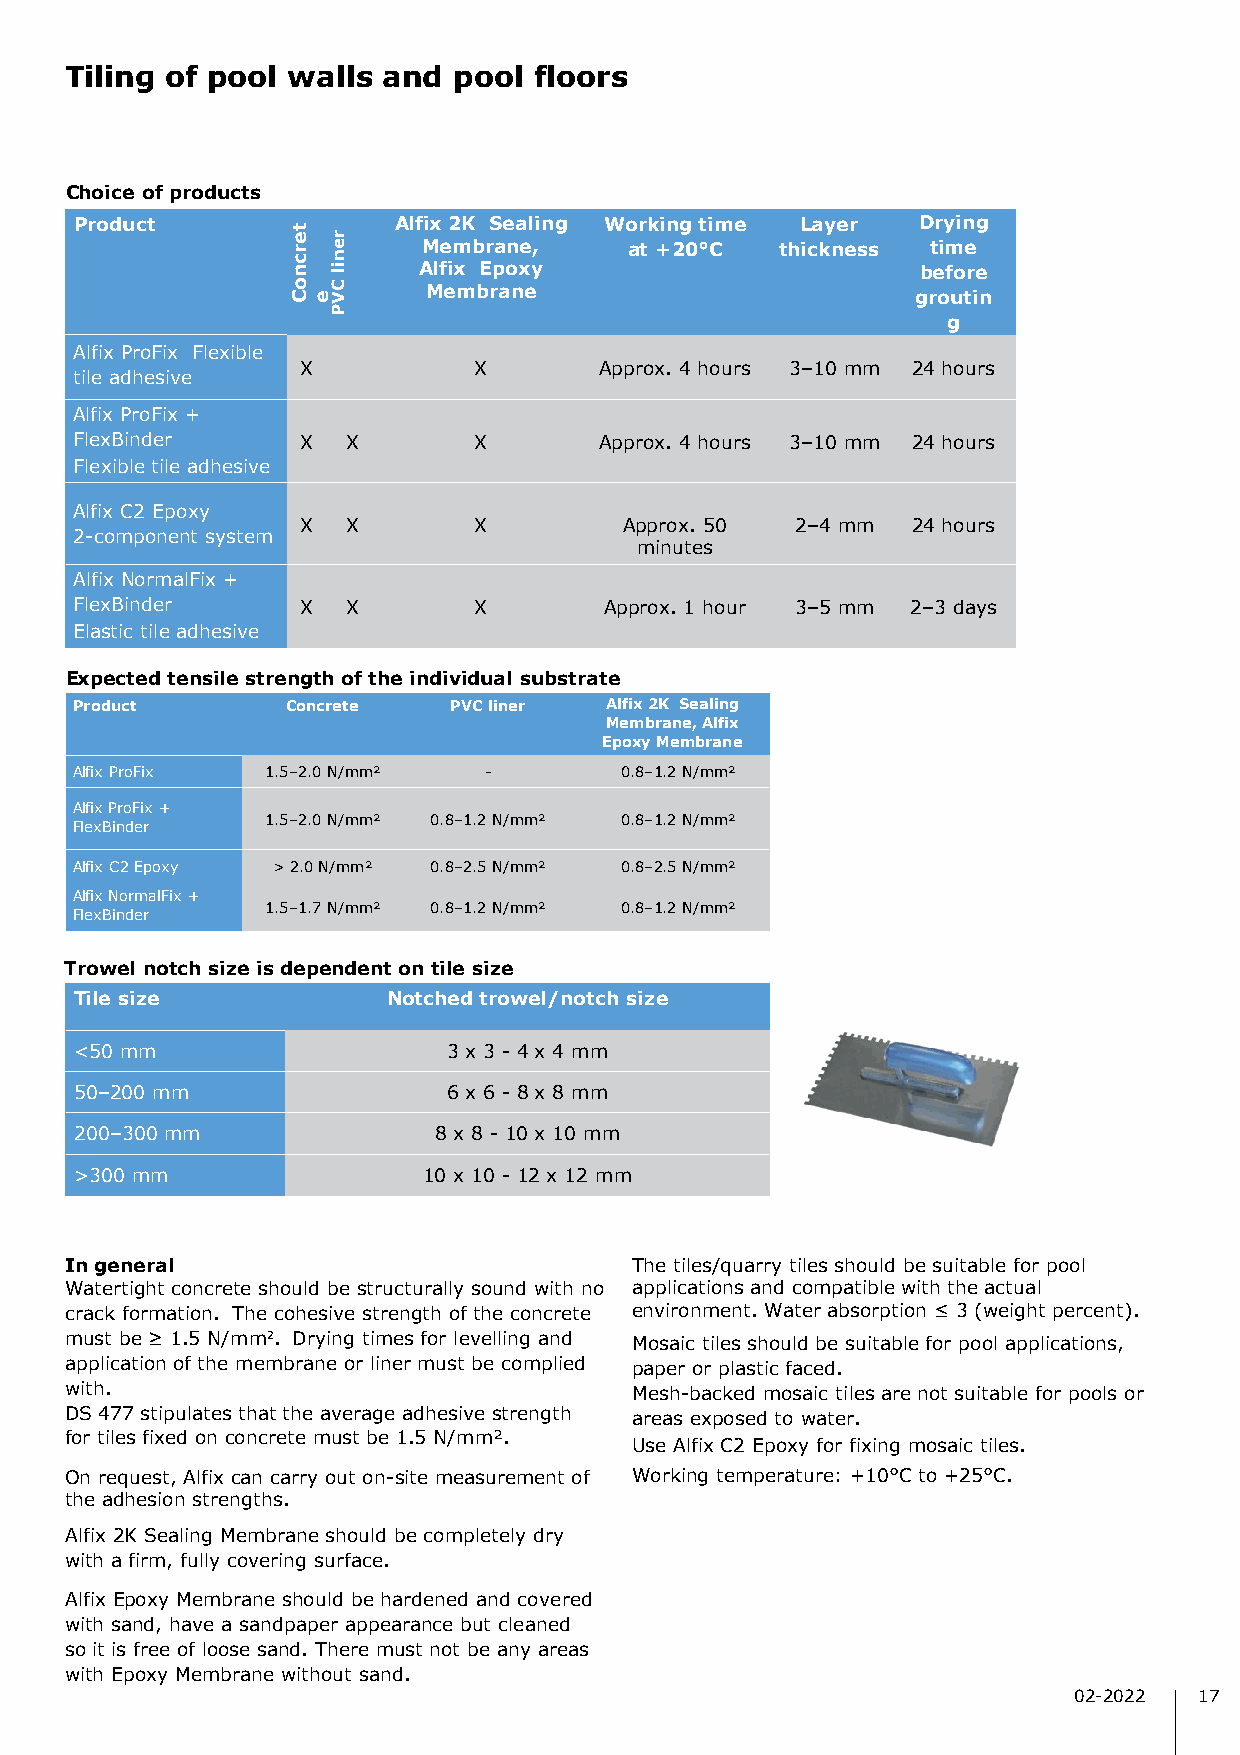
Tiling of pool walls and  pool floors
 Choice of products
 Product              Alfix 2K Sealing Working time Layer Drying
 Membrane,     at +20°C  thickness time
 Alfix Epoxy                      before
 Membrane                         groutin
 g
 Alfix ProFix Flexible
 X          X        Approx. 4 hours 3–10 mm 24 hours
 tile adhesive
 Alfix ProFix +
 FlexBinder     X  X       X        Approx. 4 hours 3–10 mm 24 hours
 Flexible tile adhesive
 Alfix C2 Epoxy
 X  X       X         Approx. 50  2–4 mm 24 hours
 2-component system
 minutes
 Alfix NormalFix +
 FlexBinder     X  X       X        Approx. 1 hour 3–5 mm 2–3 days
 Elastic tile adhesive
 Expected tensile strength of the individual substrate
 Product       Concrete   PVC liner Alfix 2K Sealing
 Membrane, Alfix
 Epoxy Membrane
 Alfix ProFix 1.5–2.0 N/mm² -        0.8–1.2 N/mm²
 Alfix ProFix +
 1.5–2.0 N/mm² 0.8–1.2 N/mm² 0.8–1.2 N/mm²
 FlexBinder
 Alfix C2 Epoxy > 2.0 N/mm² 0.8–2.5 N/mm² 0.8–2.5 N/mm²
 Alfix NormalFix +
 1.5–1.7 N/mm² 0.8–1.2 N/mm² 0.8–1.2 N/mm²
 FlexBinder
 Trowel notch size is dependent on tile size
 Tile size            Notched trowel/notch size
 <50 mm                   3 x 3 - 4 x 4 mm
 50–200 mm                6 x 6 - 8 x 8 mm
 200–300 mm              8 x 8 - 10 x 10 mm
 >300 mm                10 x 10 - 12 x 12 mm
 In general                            The tiles/quarry tiles should be suitable for pool
 Watertight concrete should be structurally sound with no applications and compatible with the actual
 crack formation. The cohesive strength of the concrete environment. Water absorption ≤ 3 (weight percent).
 must be ≥ 1.5 N/mm2. Drying times for levelling and Mosaic tiles should be suitable for pool applications,
 application of the membrane or liner must be complied paper or plastic faced.
 with.                                 Mesh-backed mosaic tiles are not suitable for pools or
 DS 477 stipulates that the average adhesive strength areas exposed to water.
 for tiles fixed on concrete must be 1.5 N/mm².
 Use Alfix C2 Epoxy for fixing mosaic tiles.
 On request, Alfix can carry out on-site measurement of Working temperature: +10°C to +25°C.
 the adhesion strengths.
 Alfix 2K Sealing Membrane should be completely dry
 with a firm, fully covering surface.
 Alfix Epoxy Membrane should be hardened and covered
 with sand, have a sandpaper appearance but cleaned
 so it is free of loose sand. There must not be any areas
 with Epoxy Membrane without sand.
 02-2022 17
 tercnoC
 e
 renil
 CVP